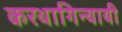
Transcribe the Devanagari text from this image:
करथागिन्यायी